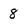
Character: 8